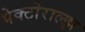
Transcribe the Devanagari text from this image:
पेक्टोराल्झ